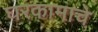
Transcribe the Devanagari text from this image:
घरकामाचे